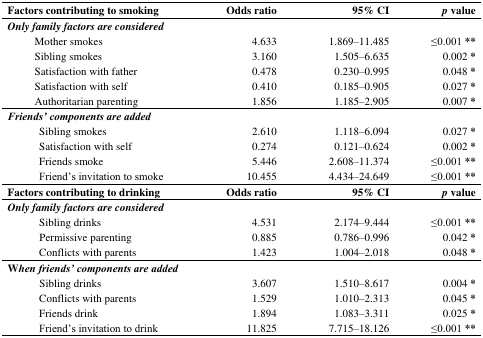
<table><thead><tr><td colspan="2"><b>Factors contributing to smoking</b></td><td><b>Odds ratio</b></td><td><b>95% CI</b></td><td><b><i>p</i> value</b></td></tr></thead><tbody><tr><td colspan="2"><b><i>Only family factors are considered</i></b></td><td></td><td></td><td></td></tr><tr><td></td><td>Mother smokes</td><td>4.633</td><td>1.869–11.485</td><td>≤0.001 **</td></tr><tr><td></td><td>Sibling smokes</td><td>3.160</td><td>1.505–6.635</td><td>0.002 *</td></tr><tr><td></td><td>Satisfaction with father</td><td>0.478</td><td>0.230–0.995</td><td>0.048 *</td></tr><tr><td></td><td>Satisfaction with self</td><td>0.410</td><td>0.185–0.905</td><td>0.027 *</td></tr><tr><td></td><td>Authoritarian parenting</td><td>1.856</td><td>1.185–2.905</td><td>0.007 *</td></tr><tr><td colspan="2"><b><i>Friends’ components are added</i></b></td><td></td><td></td><td></td></tr><tr><td></td><td>Sibling smokes</td><td>2.610</td><td>1.118–6.094</td><td>0.027 *</td></tr><tr><td></td><td>Satisfaction with self</td><td>0.274</td><td>0.121–0.624</td><td>0.002 *</td></tr><tr><td></td><td>Friends smoke</td><td>5.446</td><td>2.608–11.374</td><td>≤0.001 **</td></tr><tr><td></td><td>Friend’s invitation to smoke</td><td>10.455</td><td>4.434–24.649 </td><td>≤0.001 **</td></tr><tr><td colspan="2"><b>Factors contributing to drinking</b></td><td><b>Odds ratio</b></td><td><b>95% CI</b></td><td><b><i>p</i> value</b></td></tr><tr><td colspan="2"><b><i>Only family factors are considered</i></b></td><td></td><td></td><td></td></tr><tr><td></td><td>Sibling drinks</td><td>4.531</td><td>2.174–9.444</td><td>≤0.001 **</td></tr><tr><td></td><td>Permissive parenting</td><td>0.885</td><td>0.786–0.996</td><td>0.042 *</td></tr><tr><td></td><td>Conflicts with parents</td><td>1.423</td><td>1.004–2.018</td><td>0.048 *</td></tr><tr><td colspan="2"><b>W<i>hen friends’ components are added</i></b></td><td></td><td></td><td></td></tr><tr><td></td><td>Sibling drinks</td><td>3.607</td><td>1.510–8.617</td><td>0.004 *</td></tr><tr><td></td><td>Conflicts with parents</td><td>1.529</td><td>1.010–2.313</td><td>0.045 *</td></tr><tr><td></td><td>Friends drink</td><td>1.894</td><td>1.083–3.311</td><td>0.025 *</td></tr><tr><td></td><td>Friend’s invitation to drink</td><td>11.825</td><td>7.715–18.126</td><td>≤0.001 **</td></tr></tbody></table>